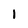
Character: I